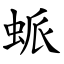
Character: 䖰